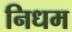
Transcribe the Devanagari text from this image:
निधम